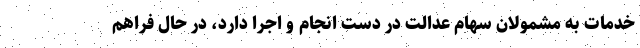
خدمات به مشمولان سهام عدالت در دست انجام و اجرا دارد، در حال فراهم